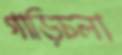
গাড়িচলা